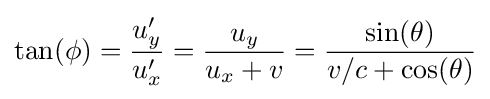
\tan(\phi )={\frac {u_{y}'}{u_{x}'}}={\frac {u_{y}}{u_{x}+v}}={\frac {\sin(\theta )}{v/c+\cos(\theta )}}